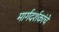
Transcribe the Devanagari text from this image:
मार्गदर्शकांचे